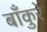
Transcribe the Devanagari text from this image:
बाँकुरे